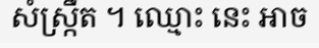
សំស្ក្រឹត ។ ឈ្មោះ នេះ អាច